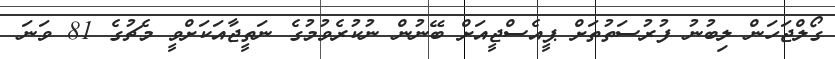
ގޯލްޖަހަން ލިބުނު ފުރުސަތުތަށް ޕީއެސްޖީއަށް ބޭނުން ނުކުރެވުމުގެ ނަތީޖާއަކަށްވީ މެޗުގެ 81 ވަނަ